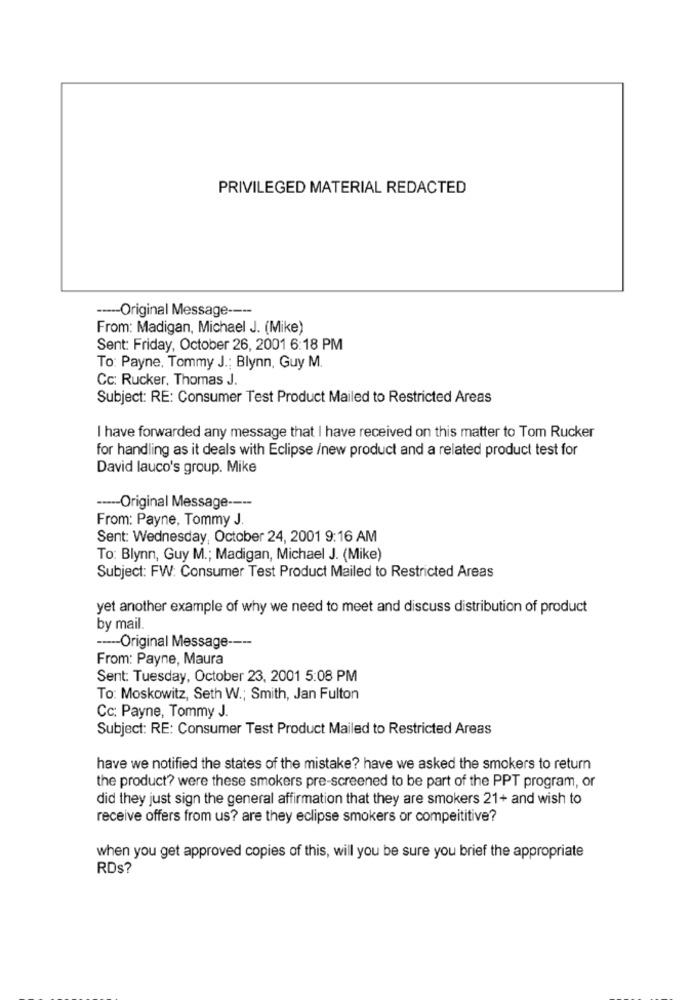
PRIVILEGED MATERIAL REDACTED
----- Original Message ----
From: Madigan, Michael J. (Mike)
Sent: Friday, October 26, 2001 6:18 PM
To: Payne, Tommy J .; Blynn, Guy M.
Cc: Rucker, Thomas J.
Subject: RE: Consumer Test Product Mailed to Restricted Areas
I have forwarded any message that I have received on this matter to Tom Rucker
for handling as it deals with Eclipse /new product and a related product test for
David lauco's group. Mike
----- Original Message ----
From: Payne, Tommy J.
Sent: Wednesday, October 24, 2001 9:16 AM
To: Blynn, Guy M .; Madigan, Michael J. (Mike)
Subject: FW: Consumer Test Product Mailed to Restricted Areas
yet another example of why we need to meet and discuss distribution of product
by mail.
----- Original Message ----
From: Payne, Maura
Sent: Tuesday, October 23, 2001 5:08 PM
To: Moskowitz, Seth W .; Smith, Jan Fulton
Cc: Payne, Tommy J.
Subject: RE: Consumer Test Product Mailed to Restricted Areas
have we notified the states of the mistake? have we asked the smokers to return
the product? were these smokers pre-screened to be part of the PPT program, or
did they just sign the general affirmation that they are smokers 21+ and wish to
receive offers from us? are they eclipse smokers or competitive?
when you get approved copies of this, will you be sure you brief the appropriate
RD$?